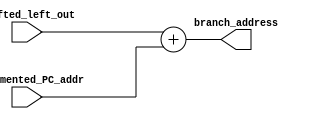

module branch_adder(branch_address, shifted_left_out, incremented_PC_addr);

output [31:0] branch_address;
input [31:0] shifted_left_out, incremented_PC_addr;

assign branch_address = shifted_left_out + incremented_PC_addr;

endmodule